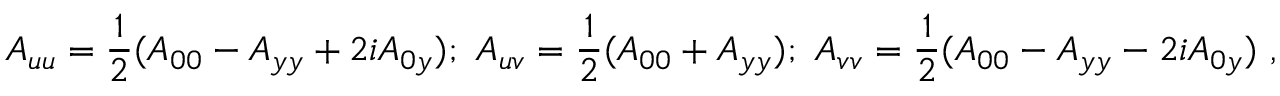
A _ { u u } = { \frac { 1 } { 2 } } ( A _ { 0 0 } - A _ { y y } + 2 i A _ { 0 y } ) ; ~ A _ { u v } = { \frac { 1 } { 2 } } ( A _ { 0 0 } + A _ { y y } ) ; ~ A _ { v v } = { \frac { 1 } { 2 } } ( A _ { 0 0 } - A _ { y y } - 2 i A _ { 0 y } ) ~ ,